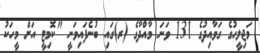
މަޖިލީހުގެ ގަވާއިދުގެ 131 ވަނަ މާއްދާގެ (ރ)ގައި ބުނެފައިވަނީ "ކޮމިޓީ އަށް މީހަކު